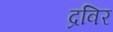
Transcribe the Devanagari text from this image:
द्रविर